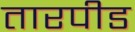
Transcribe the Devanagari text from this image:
तारपीड